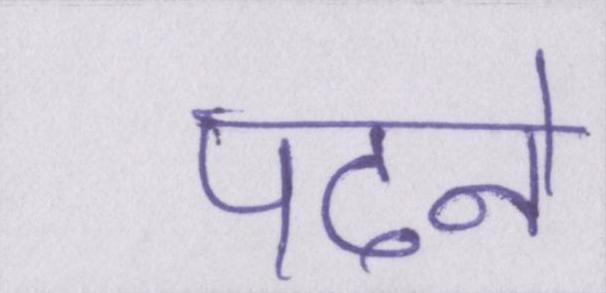
पढने